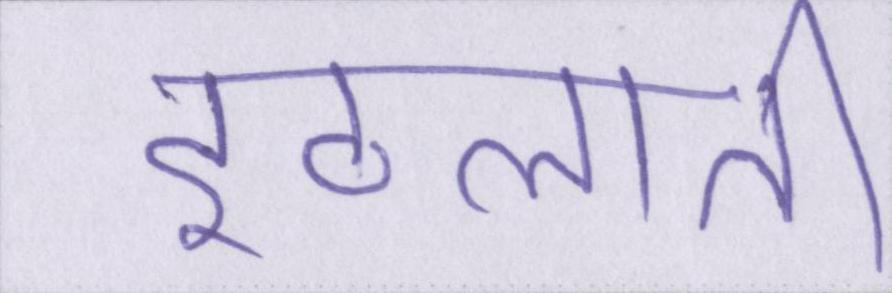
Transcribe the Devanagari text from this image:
इठलाती